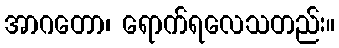
အာဂတော၊ ရောက်ရလေသတည်း။